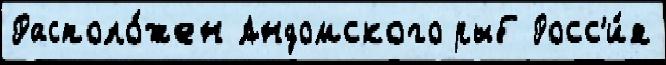
Располо́жен Андомского рыб Росс'и́я